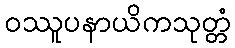
ဝဿူပနာယိကသုတ္တံ